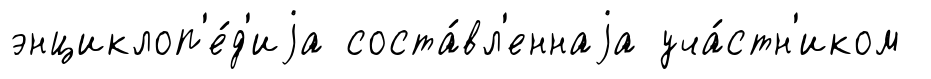
энциклоп'е́д'иjа соста́вл'еннаjа уча́стн'иком